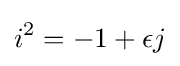
i^{2}=-1+\epsilon j